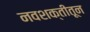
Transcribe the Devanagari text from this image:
नवशक्तीतून